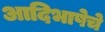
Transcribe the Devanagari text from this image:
आदिभाषेचे